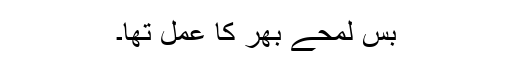
بس لمحے بھر کا عمل تھا۔